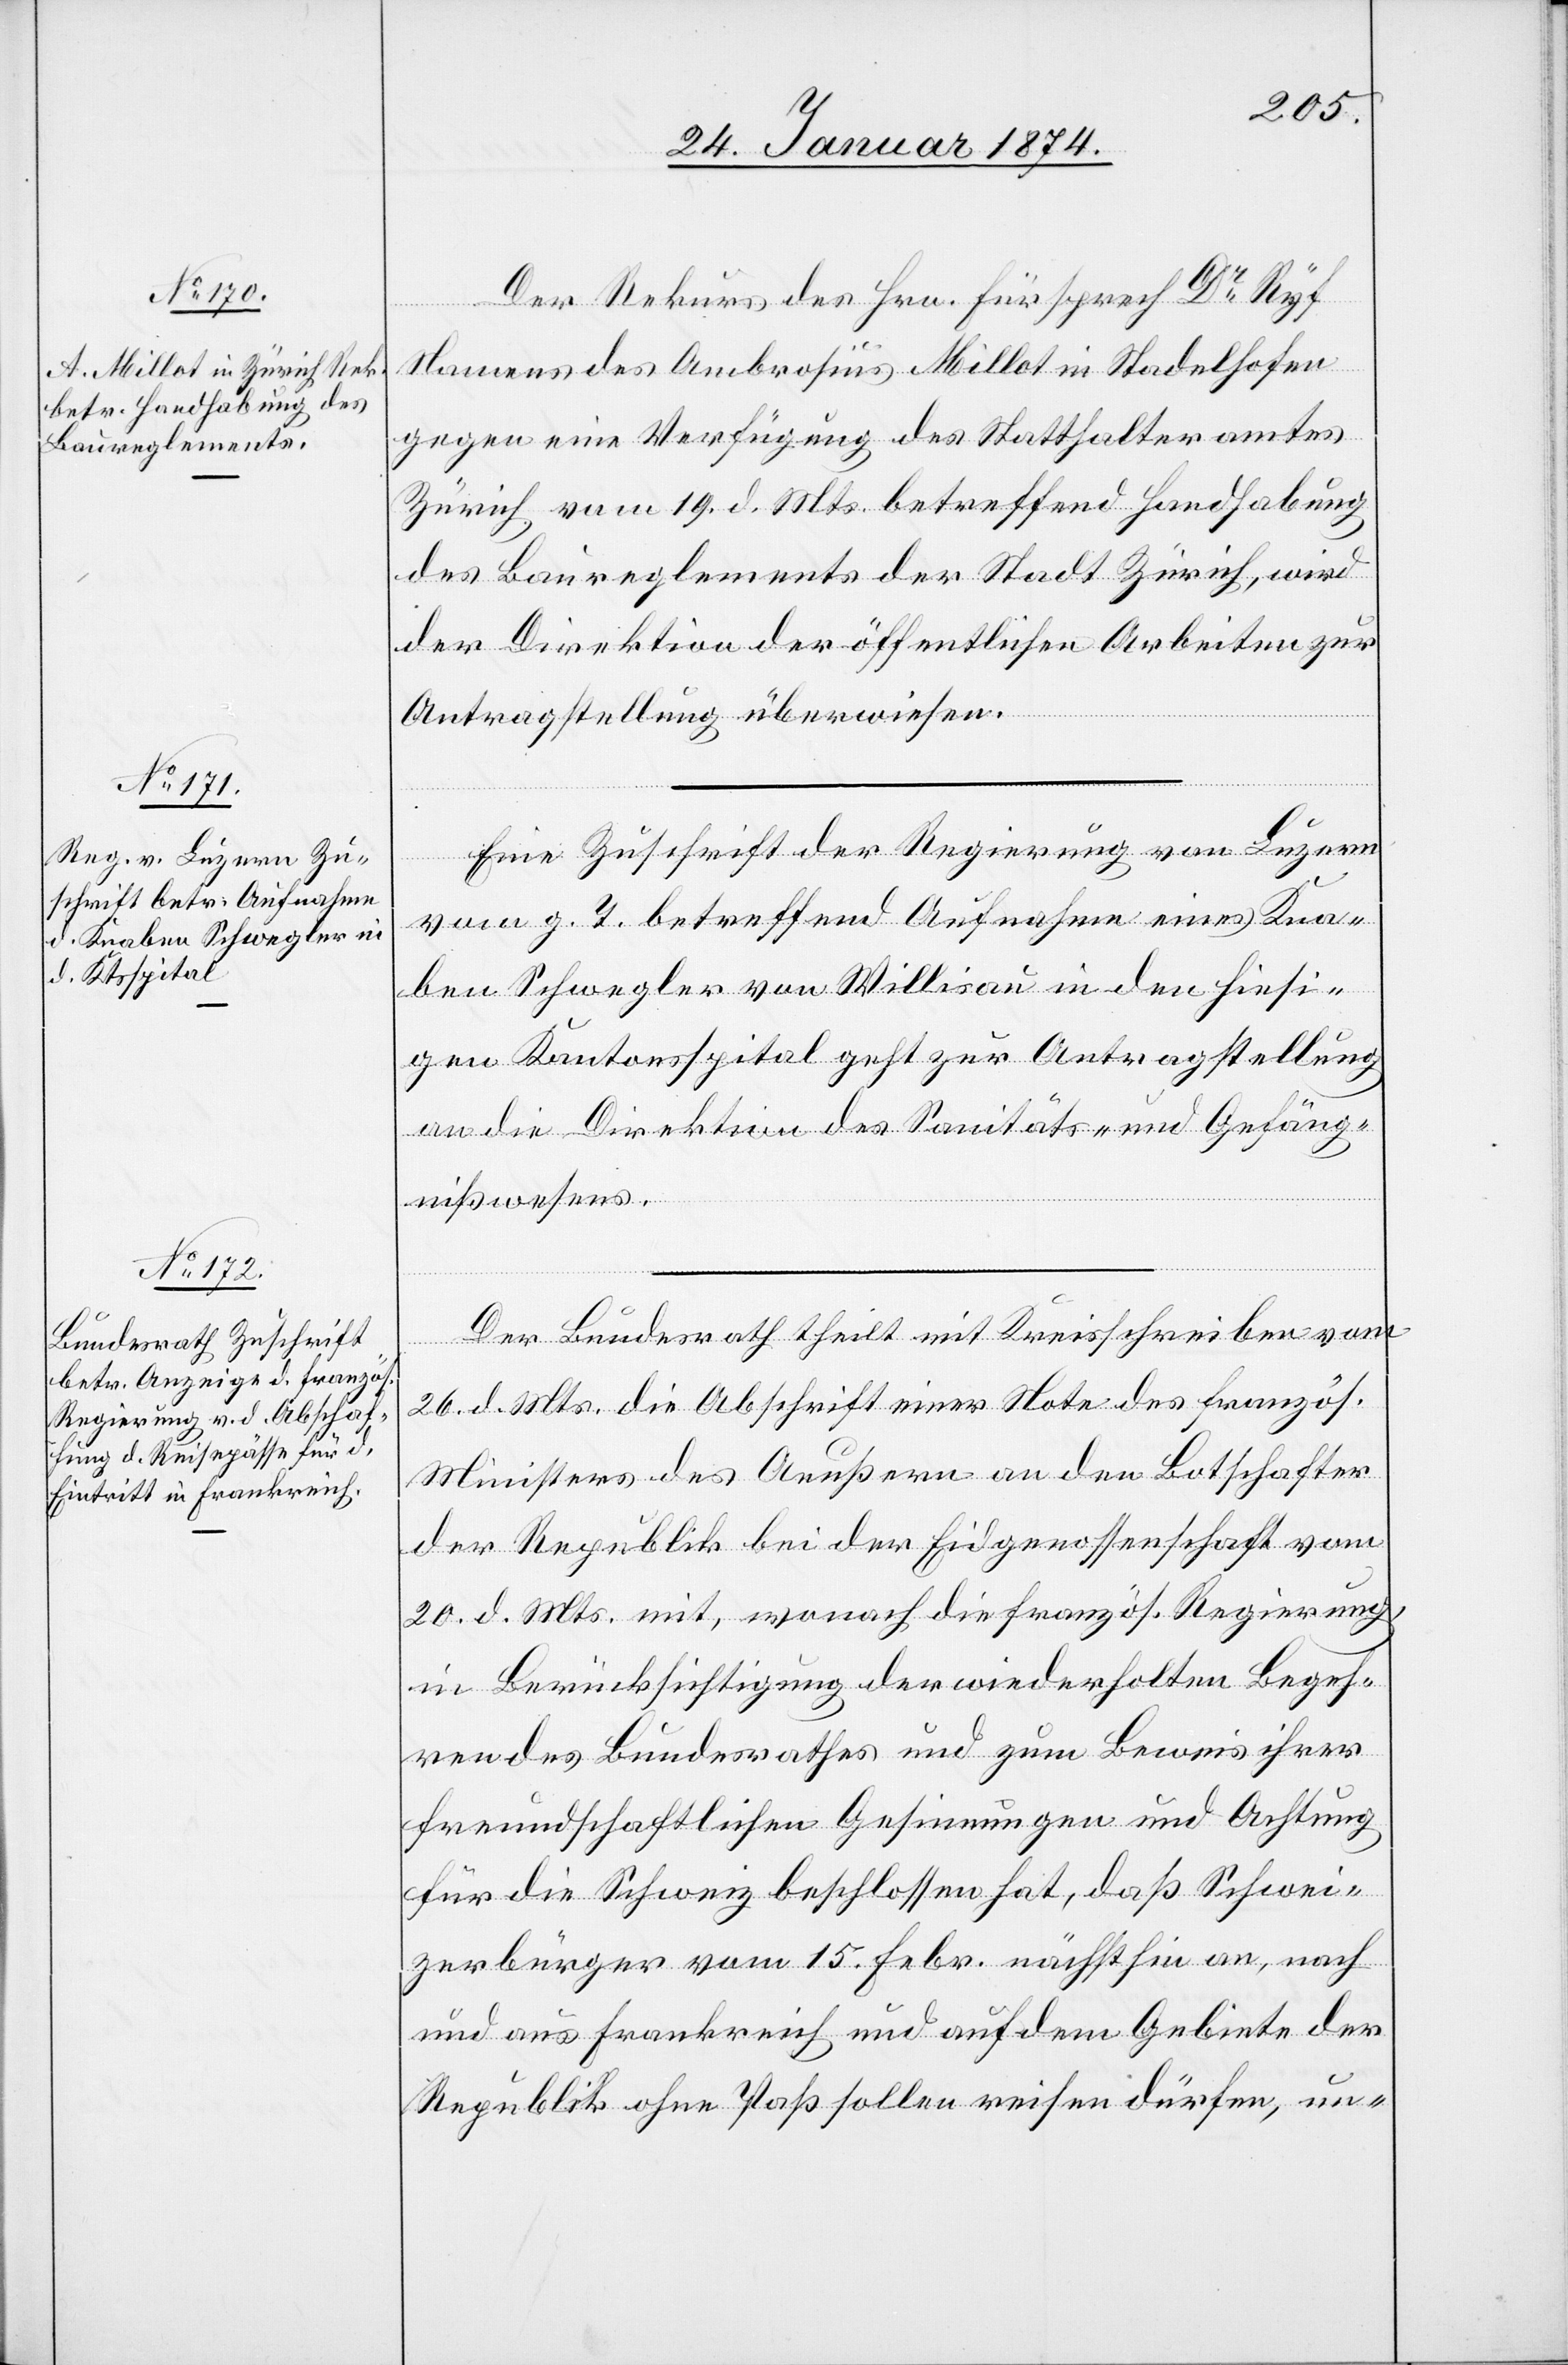
30. Januar 1874.]
Der Rekurs des Hrn. Fürsprech Dr Ryf
Namens des Ambrosius Millot in Stadelhofen
gegen eine Verfügung des Statthalteramtes
Zürich vom 19. d. Mts. betreffend Handhabung
des Baureglements der Stadt Zürich, wird
der Direktion der öffentlichen Arbeiten zur
Antragstellung überwiesen.
Eine Zuschrift der Regierung von Luzern
vom g. T. betreffend Aufnahme eines Kna¬
ben Schwegler von Willisau in den hiesi¬
gen Kantonsspital geht zur Antragstellung
an die Direktion des Sanitäts- und Gefäng¬
nißwesens.
Der Bundesrath theilt mit Kreisschreiben vom
26. d. Mts. die Abschrift einer Note des französ.
Ministers des Aeußern an den Bothschafter
der Republik bei der Eidgenossenschaft vom
20. d. Mts. mit, wonach die französ. Regierung
in Berücksichtigung der wiederholten Begeh¬
ren des Bundesrathes und zum Beweis ihrer
freundschaftlichen Gesinnungen und Achtung
für die Schweiz beschlossen hat, daß Schwei¬
zerbürger vom 15. Febr. nächsthin an, nach
und aus Frankreich und auf dem Gebiete der
Republik ohne Paß sollen reisen dürfen, un-